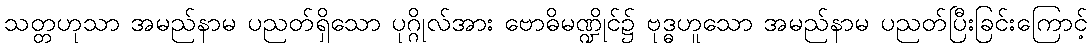
သတ္တဟုသာ အမည်နာမ ပညတ်ရှိသော ပုဂ္ဂိုလ်အား ဗောဓိမဏ္ဍိုင်၌ ဗုဒ္ဓဟူသော အမည်နာမ ပညတ်ပြီးခြင်းကြောင့်